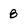
Character: 8